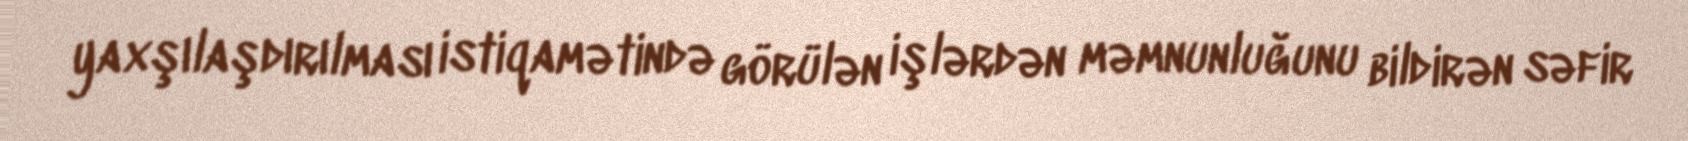
yaxşılaşdırılması istiqamətində görülən işlərdən məmnunluğunu bildirən səfir